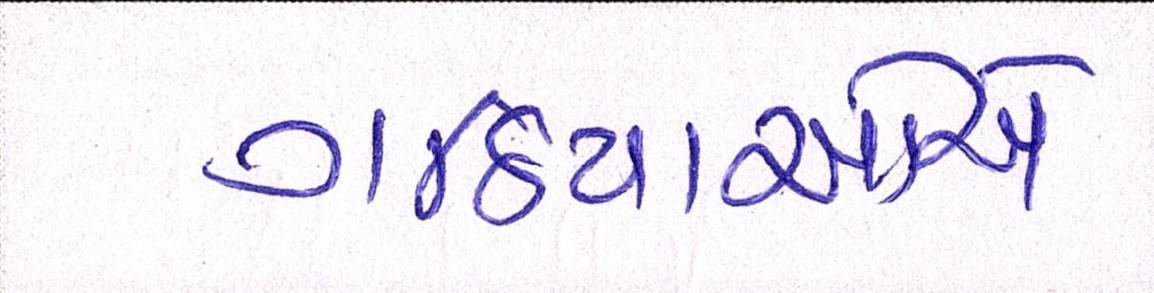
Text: ગઠિયાઓએ